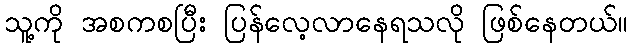
သူ့ကို အစကစပြီး ပြန်လေ့လာနေရသလို ဖြစ်နေတယ်။